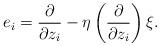
LaTeX: \begin{align*}e_i=\dfrac{\partial}{\partial z_i}-\eta\left (\dfrac{\partial}{\partial z_i}\right )\xi.\end{align*}